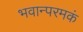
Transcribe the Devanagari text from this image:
भवान्परमकं